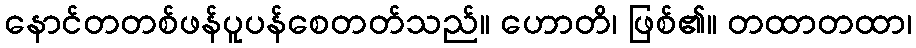
နောင်တတစ်ဖန်ပူပန်စေတတ်သည်။ ဟောတိ၊ ဖြစ်၏။ တထာတထာ၊